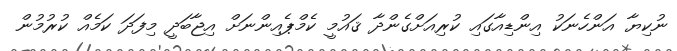
ނުކިޔާ އަންހެނަކު އިންޑިއާގައި ކުރިއަށްގެންދާ ޤައުމީ ކެމްޕެއިންނަށް އިޖާބަދީ މިފަދަ ކަމެއް ކުރުމުން